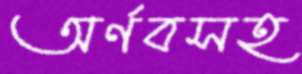
অর্ণবসহ